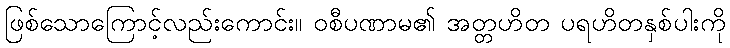
ဖြစ်သောကြောင့်လည်းကောင်း။ ဝစီပဏာမ၏ အတ္တဟိတ ပရဟိတနှစ်ပါးကို